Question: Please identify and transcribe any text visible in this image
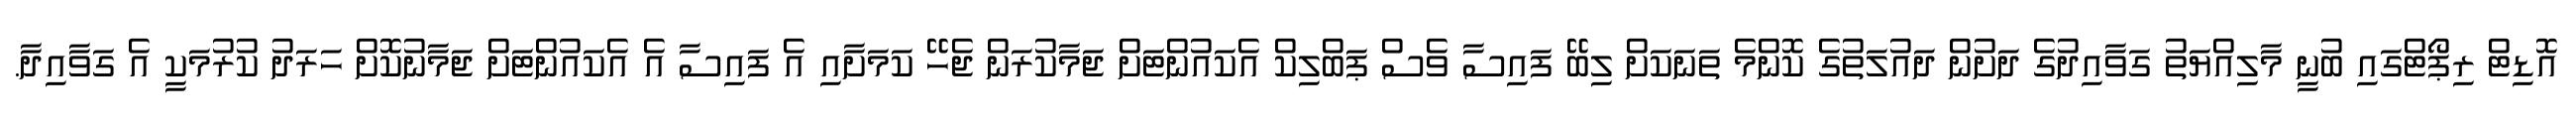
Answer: އޮޑިޓް ރިޕޯޓްގައި ބުނީ މާލިއްޔަތު ގަވާއިދުގެ ދަށުން ދައުލަތުގެ ކޮންމެ ތަނަކަށް ލިބޭ ފައިސާ ވެސް ޕަބްލިކް އެކައުންޓަށް ޖަމާކުރަން ޖެހޭ ކަމަށާއި އެ ފައިސާ އެ އެކައުންޓަށް ޖަމާނުކޮށް ހަރަދު ކުރުމަކީ އެ ގަވާއިދާ.